system: You are a helpful assistant.
user:
Analyze the provided spectrum to determine if it is a **M-type Giant (gM)**.

A M-type Giant spectrum is defined by its **strong molecular absorption** features, particularly from **Titanium Oxide (TiO)**. You must check for one of the following mutually exclusive signatures:

- **Key Visual Indicators (Absorption-Dominated Spectrum):**

    - **(Primary):** The spectrum is dominated by strong molecular absorption from **Titanium Oxide (TiO)**. This is the **defining feature** of its M-type temperature class.
        - **(Key Bandheads):** Look for sharp, "saw-tooth" absorption valleys. The strongest are located near **~7050 Å**, **~6160 Å**, and **~5170 Å**.
        - **(Line Profile):** The "saw-tooth" morphology is critical: a **sharp, steep drop on the BLUE (short-wavelength) side** of the bandhead, followed by a gradual recovery (rising flux) towards the RED (long-wavelength) side.

    - **(Key Confirmation - Giant vs. Dwarf):** **ABSENCE** of strong **Calcium Hydride (CaH)** molecular bands. This is the primary diagnostic for *excluding* M-dwarfs.
        - **(Key Region):** The spectrum should lack the strong, broad absorption band seen in dwarfs between **~6800 Å and ~7000 Å**.

    - **(Secondary Confirmation - Giant):** A very strong and broad **Neutral Calcium (Ca I)** atomic absorption line.
        - **(Key Line):** Located at **~4226 Å**. In a giant (gM), this line is significantly deeper and broader than the same line in an M-dwarf (dM) due to low surface gravity.

    - **(Overall Spectrum):**
        - The continuum is **extremely red-sloping** (i.e., flux is very low in the blue and rises dramatically towards the red).
        - The entire spectrum appears "chopped up" by the deep TiO bands.

Think first, call **spectral_visualization_tool** if needed to examine features in detail, then provide your final answer. Your response must adhere to the following strict rules:
1.  **Overall Structure:** Your response must follow the format `<think>...</think> <tool_call>...</tool_call> (if a tool is used) <answer>...</answer>`.
2.  **Tool Usage Constraint:** You may only make **one** tool call per turn.
3.  **Final Answer Format:** In the `<answer>` tag, your conclusion must be inside a `\boxed{}` command (e.g., `\boxed{YES}` or `\boxed{NO}`), followed by your justification.

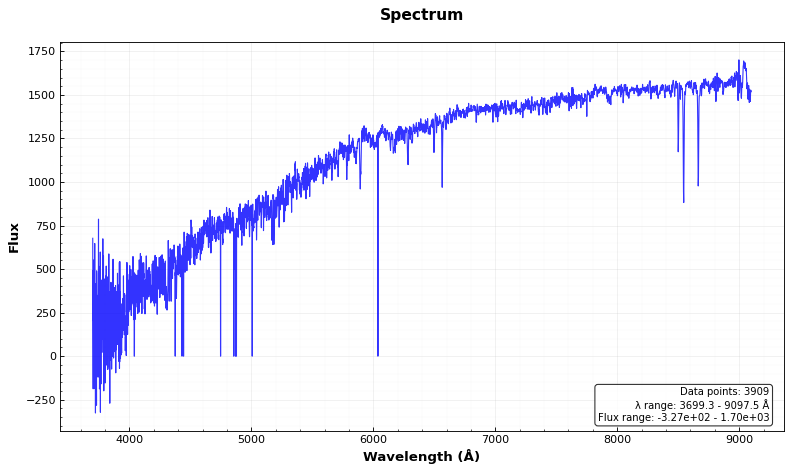
Answer: NO